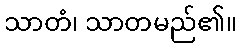
သာတံ၊ သာတမည်၏။